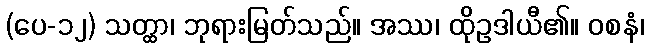
(ပေ-၁၂) သတ္ထာ၊ ဘုရားမြတ်သည်။ အဿ၊ ထိုဥဒါယီ၏။ ဝစနံ၊